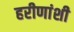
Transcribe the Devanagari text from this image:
हरीणांशी